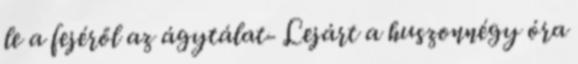
le a fejéről az ágytálat- Lejárt a huszonnégy óra